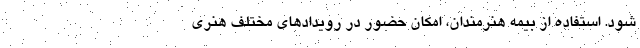
شود. استفاده از بیمه هنرمندان، امکان حضور در رویدادهای مختلف هنری